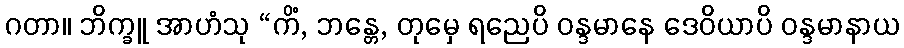
ဂတာ။ ဘိက္ခူ အာဟံသု “ကိံ, ဘန္တေ, တုမှေ ရညေပိ ဝန္ဒမာနေ ဒေဝိယာပိ ဝန္ဒမာနာယ